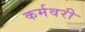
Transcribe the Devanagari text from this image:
कर्मवरी